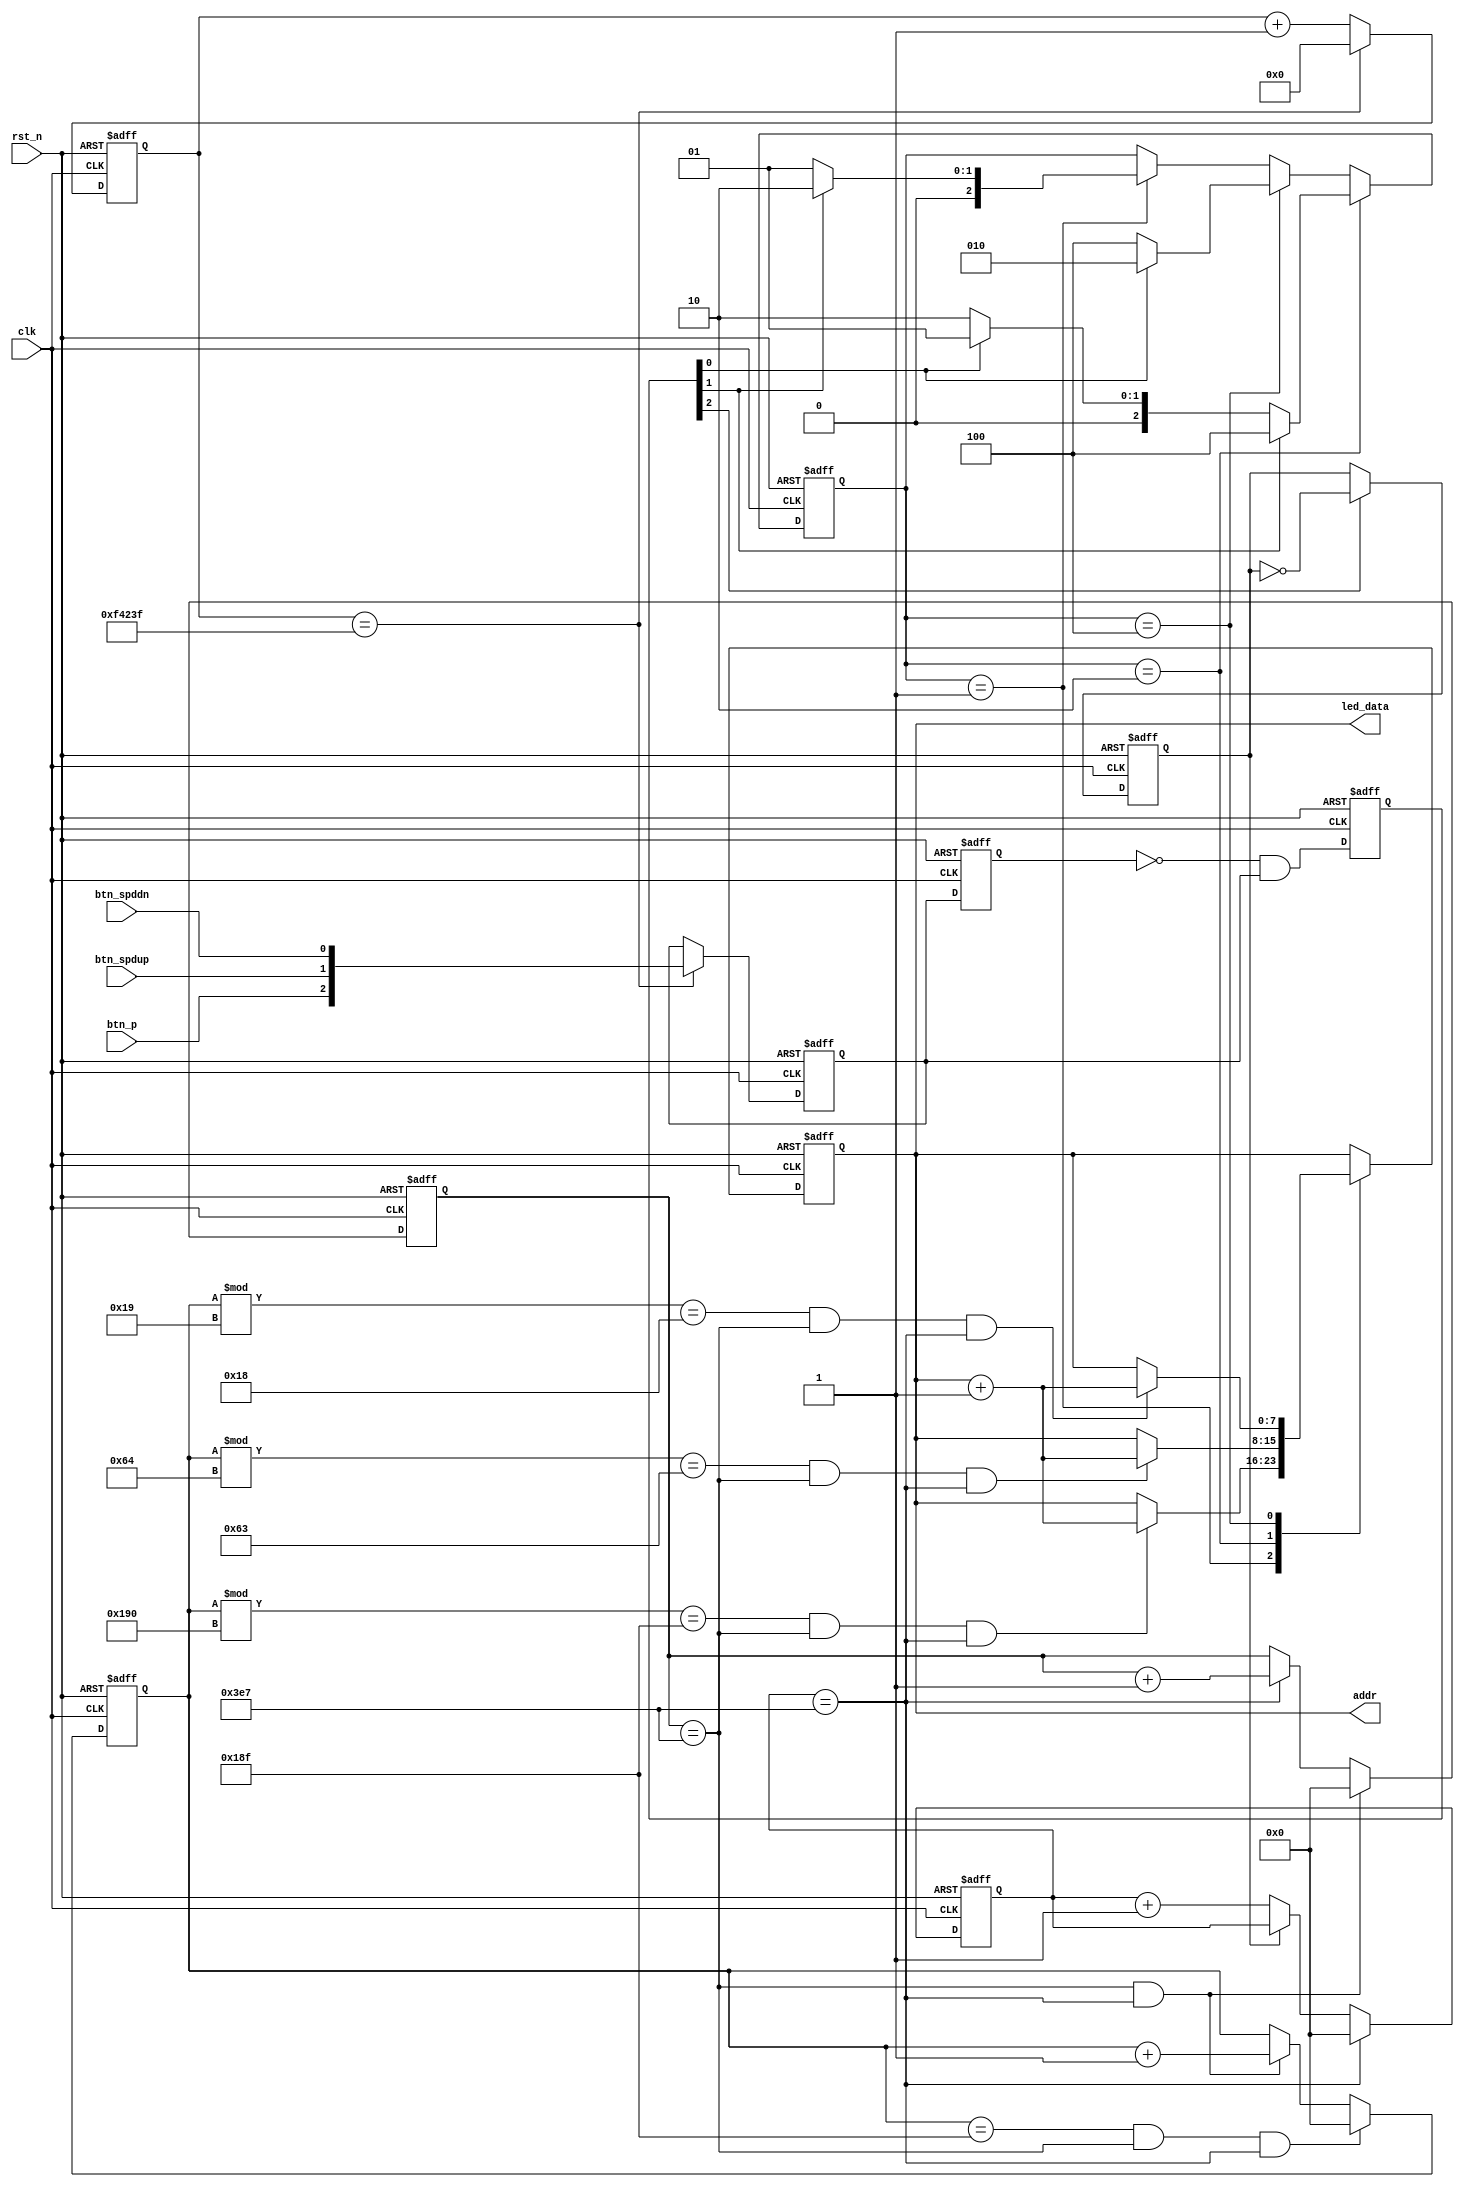
module Control(
    input clk,
    input rst_n,

    input btn_p, // pause button
    input btn_spdup, // speed up button
    input btn_spddn, // speed down button

    output [7:0] addr,
    
    output [7:0] led_data // output addr by led 
);

parameter LOW_SPEED = 3'b001; // 0.25 word/sec
parameter NORM_SPEED = 3'b010; // 1 word/sec
parameter HIGH_SPEED = 3'b100; // 4 word/sec

// ===============================================
//         Button Sampling and Debouncing
// ===============================================

reg [19:0] key_cnt;
reg [2:0] key_scan,key_scan_r,key_flag;

always @(posedge clk or negedge rst_n) begin
    if (!rst_n) begin
        key_cnt <= 20'd0;
        key_scan <= 3'b000;
    end
    else begin
        if (key_cnt == 20'd999_999) begin // 100M/100 - 1 = 999_999 (Sampling rate: 10ms = 100Hz)
            key_cnt <= 20'd0;
            key_scan <= {btn_p,btn_spdup,btn_spddn};
        end
        else begin
            key_cnt <= key_cnt + 20'd1;
        end
    end
end

always @(posedge clk or negedge rst_n) begin
    if (!rst_n) begin
        key_scan_r <= 3'b000;
    end
    else begin
        key_scan_r <= key_scan;
    end
end

always @(posedge clk or negedge rst_n) begin
    if (!rst_n) begin
        key_flag <= 3'b000;
    end
    else begin
        key_flag = (~key_scan_r) & (key_scan);
    end
end

// ===============================================
//           Counter: 400*1000*1000
// ===============================================

reg pause_flag;
reg [9:0] cnt, cnt_k, cnt_m;

always @(posedge clk or negedge rst_n) begin
    if (!rst_n) begin 
        pause_flag <= 1'b0;
    end
    else begin
        if (key_flag[2]) begin
            pause_flag <= ~pause_flag;
        end
        else begin
            pause_flag <= pause_flag;
        end
    end
end

always @(posedge clk or negedge rst_n) begin
    if (!rst_n) begin
        cnt <= 10'd0;
    end
    else begin
        if (cnt == 10'd999) begin
            cnt <= 10'd0;
        end
        else if (pause_flag) begin
            cnt <= cnt;
        end
        else begin
            cnt <= cnt + 10'd1;
        end
    end
end

always @(posedge clk or negedge rst_n) begin
    if (!rst_n) begin
        cnt_k <= 10'd0;
    end
    else begin
        if (cnt_k == 10'd999 && cnt == 10'd999) begin
            cnt_k <= 10'd0;
        end
        else if (cnt == 10'd999) begin
            cnt_k <= cnt_k + 10'd1;
        end
        else begin
            cnt_k <= cnt_k;
        end
    end
end

always @(posedge clk or negedge rst_n) begin
    if (!rst_n) begin
        cnt_m <= 10'd0;
    end
    else begin
        if (cnt_m == 10'd399 && cnt_k == 10'd999 && cnt == 10'd999) begin
            cnt_m <= 10'd0;
        end
        else if (cnt == 10'd999 && cnt_k == 10'd999) begin
            cnt_m <= cnt_m + 10'd1;
        end
        else begin
            cnt_m <= cnt_m;
        end
    end
end

// ===============================================
//              FSM: Speed Tranfer
// ===============================================

reg [2:0] current_state, next_state;

always @(posedge clk or negedge rst_n) begin
    if (!rst_n) begin
        current_state <= NORM_SPEED;
    end
    else begin
        current_state <= next_state;
    end
end

always @(*) begin
    if (current_state == NORM_SPEED) begin
        if (key_flag[1]) begin
            next_state = HIGH_SPEED;
        end
        else if (key_flag[0]) begin
            next_state = LOW_SPEED;
        end
        else begin
            next_state = NORM_SPEED;
        end
    end
    else if (current_state == HIGH_SPEED) begin
        if (key_flag[0]) begin
            next_state = NORM_SPEED;
        end
        else begin
            next_state = HIGH_SPEED;
        end
    end
    else if (current_state == LOW_SPEED) begin
        if (key_flag[1]) begin
            next_state = NORM_SPEED;
        end
        else begin
            next_state = LOW_SPEED;
        end
    end
    else begin
        next_state = current_state;
    end
end

reg [7:0] addr_r;
always @(posedge clk or negedge rst_n) begin
    if (!rst_n) begin
        addr_r <= 8'b00000000;
    end
    else begin
        case (current_state)
            LOW_SPEED: begin
                if (cnt_m % 400 == 399 && cnt_k == 999 && cnt == 999) begin
                    addr_r <= addr_r + 8'b00000001;
                end
                else begin
                    addr_r <= addr_r;
                end
            end
            NORM_SPEED: begin
                if (cnt_m % 100 == 99 && cnt_k == 999 && cnt == 999) begin
                    addr_r <= addr_r + 8'b00000001;
                end
                else begin
                    addr_r <= addr_r;
                end
            end
            HIGH_SPEED: begin
                if (cnt_m % 25 == 24 && cnt_k == 999 && cnt == 999) begin
                    addr_r <= addr_r + 8'b00000001;
                end
                else begin
                    addr_r <= addr_r;
                end
            end
            default: begin
                addr_r <= addr_r;
            end
        endcase
    end
end

assign addr = addr_r;
assign led_data = addr_r;


endmodule